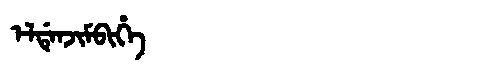
Manchu: ᡝᠯᡩᡝᠨᠵᡳᠮᠪᡳᡥᡝ
Romanization: ELDENJIMBIHE